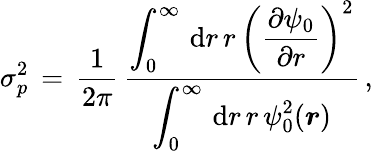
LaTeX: \begin{array}{l}{\displaystyle\sigma_{p}^{2}\, =\, \frac 1{2\pi}\, \frac{\displaystyle\int_{0}^{\infty}\, \mathrm{d}r\, r\, \left(\frac{\partial\psi_{0}}{\partial r}\right)^{2}}{\displaystyle\int_{0}^{\infty}\, \mathrm{d}r\, r\, \psi_{0}^{2}(\boldsymbol{r})}\, ,}\end{array}